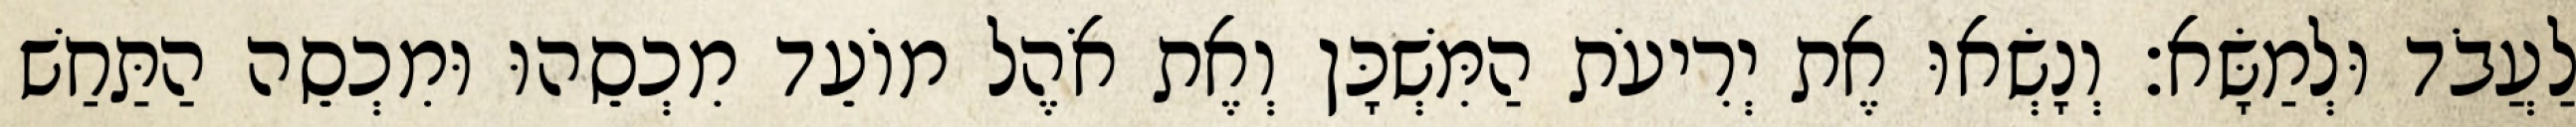
לַעֲבֹד וּלְמַשָּׂא׃ וְנָשְׂאוּ אֶת יְרִיעֹת הַמִּשְׁכָּן וְאֶת אֹהֶל מוֹעֵד מִכְסֵהוּ וּמִכְסֵה הַתַּחַשׁ